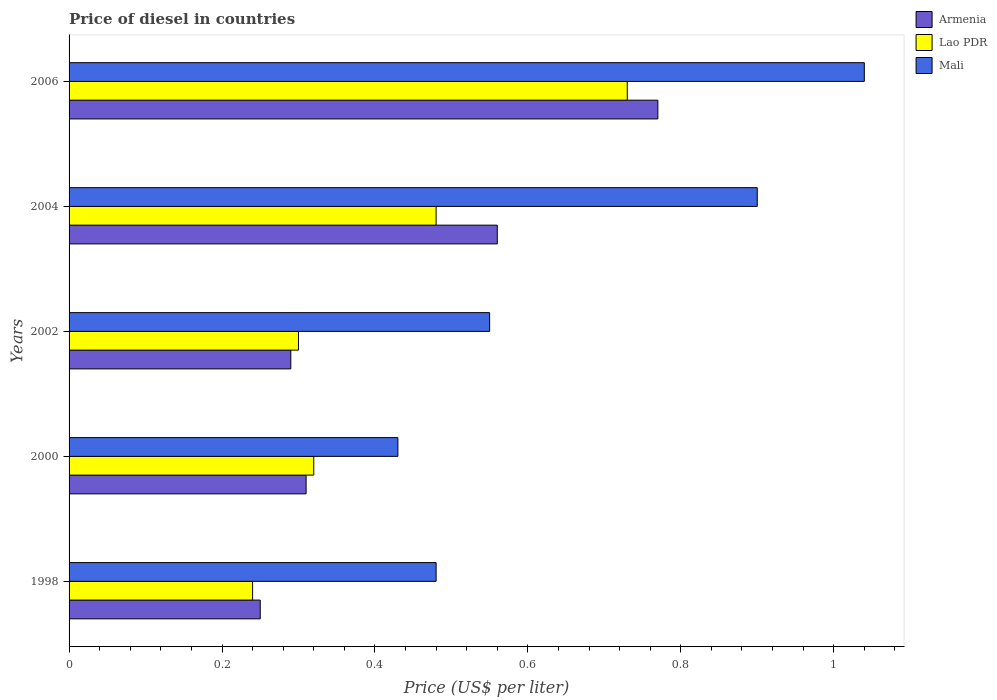
| Years | Armenia | Lao PDR | Mali |
 | --- | --- | --- | --- |
 | 1998 | 0.25 | 0.24 | 0.48 |
 | 2000 | 0.31 | 0.32 | 0.43 |
 | 2002 | 0.29 | 0.3 | 0.55 |
 | 2004 | 0.56 | 0.48 | 0.9 |
 | 2006 | 0.77 | 0.73 | 1.04 |